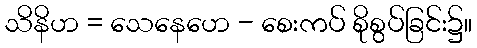
သိနိဟ = သေနေဟေ - စေးကပ် စိုစွပ်ခြင်း၌။